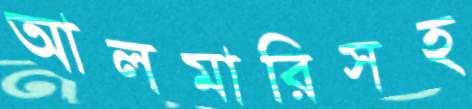
আলমারিসহ